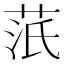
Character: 䓋